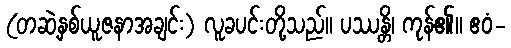
(တဆဲ့နှစ်ယူဇနာအချင်း) လူခပင်းတို့သည်။ ပဿန္တိ၊ ကုန်၏။ ဧဝံ-